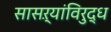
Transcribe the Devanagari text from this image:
सासऱ्यांविरुद्ध